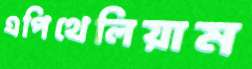
এপিথেলিয়াম